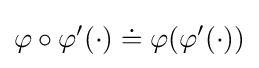
\varphi \circ \varphi ^{\prime }(\cdot )\doteq \varphi (\varphi ^{\prime }(\cdot ))